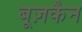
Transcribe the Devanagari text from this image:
बूज़कैन